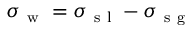
\sigma _ { \mathrm { ~ w ~ } } = \sigma _ { \mathrm { ~ s ~ l ~ } } - \sigma _ { \mathrm { ~ s ~ g ~ } }